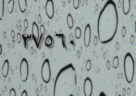
٣٧٥٦٠